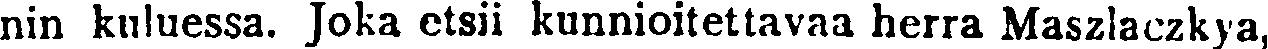
nin kuluessa. Joka etsii kunnioitettavaa herra Maszlaczkya,